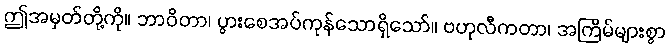
ဤအမှတ်တို့ကို။ ဘာဝိတာ၊ ပွားစေအပ်ကုန်သောရှိသော်။ ဗဟုလီကတာ၊ အကြိမ်များစွာ